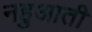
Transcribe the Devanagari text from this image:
नहुआती